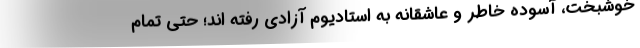
خوشبخت، آسوده خاطر و عاشقانه به استادیوم آزادی رفته اند؛ حتی تمام